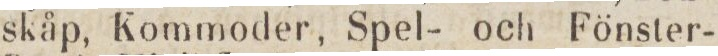
skåp, Kommoder, Spel- och Fönster-